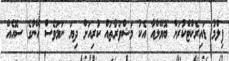
ފިލްމު ޑައިރެކްޓްކުރަން ބޮޔޭލްއާ އެކު މަޝްވަރާތައް ކުރިއަށް ދިޔަ ނަމަވެސް އޭނާގެ ސޮއެއް